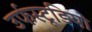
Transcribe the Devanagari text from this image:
उर्फस्टूडियो